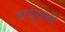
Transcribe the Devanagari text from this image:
क्युवास